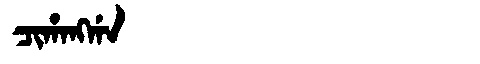
Manchu: ᠴᡳᡥᠠᠩᡤᠠ
Romanization: CIHANGGA